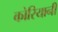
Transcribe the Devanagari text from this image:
कोरियानी